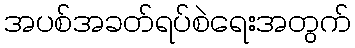
အပစ်အခတ်ရပ်စဲရေးအတွက်